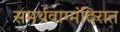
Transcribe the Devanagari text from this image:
समर्थवाग्मंदिरात